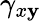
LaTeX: \gamma_{x\mathbf{y}}